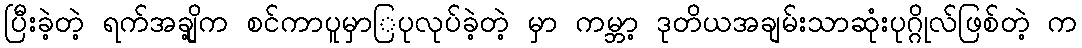
ပြီးခဲ့တဲ့ ရက်အချို့က စင်ကာပူမှာြပုလုပ်ခဲ့တဲ့ မှာ ကမ္ဘာ့ ဒုတိယအချမ်းသာဆုံးပုဂ္ဂိုလ်ဖြစ်တဲ့ က